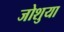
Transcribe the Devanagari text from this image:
जोशुया